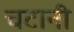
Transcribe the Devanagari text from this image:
चटानी